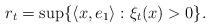
LaTeX: \begin{align*}r_{t}=\sup \{ \langle x, e_{1} \rangle : \xi_{t}(x)>0\}.\end{align*}